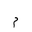
Letter: _mim